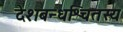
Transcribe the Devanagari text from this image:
देशबन्धश्चितस्य